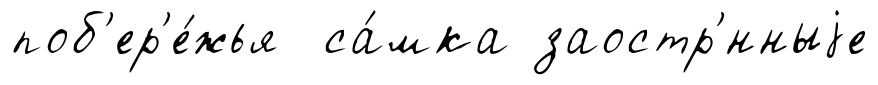
поб'ер'е́жья са́мка заостр'́нныjе